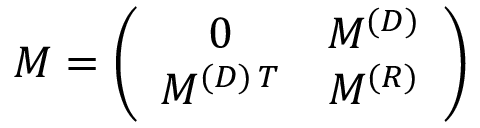
M = \left( \begin{array} { c c } { { 0 } } & { { M ^ { ( D ) } } } \\ { { M ^ { ( D ) \, T } } } & { { M ^ { ( R ) } } } \end{array} \right)